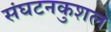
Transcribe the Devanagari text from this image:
संघटनकुशल